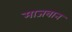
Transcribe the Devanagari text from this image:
माजबान